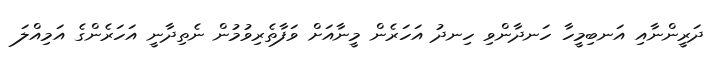
ދަރީންނާއި އަނބިމީހާ ހަނދާންވި ހިނދު އަހަރެން މީނާއަށް ވަފާތެރިވުމުން ނެތިދާނީ އަހަރެންގެ އަމިއްލަ